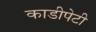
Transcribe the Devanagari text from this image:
काडीपेटी